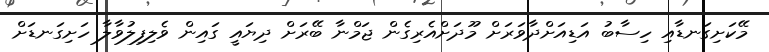
މޭކަށިގަނޑާއި ހިސާބު އަޑިއަށްދާވަރަށް މޫދަށްއެރިގެން ޖަމްނާ ބޭރަށް ދިޔައީ ގައިން ވެލިފިލުވާލާ ހަށިގަނޑަށް